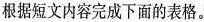
根据短文内容完成下面的表格。